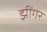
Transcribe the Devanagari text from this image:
झींगर